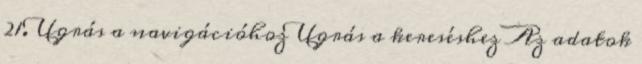
21. Ugrás a navigációhoz Ugrás a kereséshez Az adatok